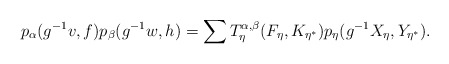
\begin{align*} p_{\alpha}(g^{-1}v, f) p_{\beta}(g^{-1}w, h) = \sum T_{\eta}^{\alpha, \beta}(F_{\eta}, K_{\eta^*})p_{\eta}(g^{-1}X_{\eta}, Y_{\eta^*}).\\ \end{align*}